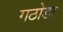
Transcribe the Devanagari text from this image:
गठोडा